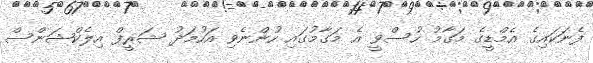
ފެނަކައިގެ އެމްޑީގެ މަގާމު ހުސްވީ އެ މަގާމުގައި ހުންނެވި އަހުމަދު ޝަރީފް އިލެކްޝަންސް